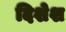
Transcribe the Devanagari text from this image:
दिशेश